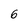
Character: 6